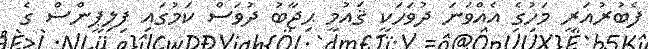
ފެބުރުއަރީ މަހުގެ އެއްވަނަ ދުވަހަކީ ޤައުމީ ޙިޖާބު ދުވަސް ކަމުގައި ފިލިޕީންސް ގެ